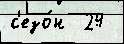
с'езо́н  24